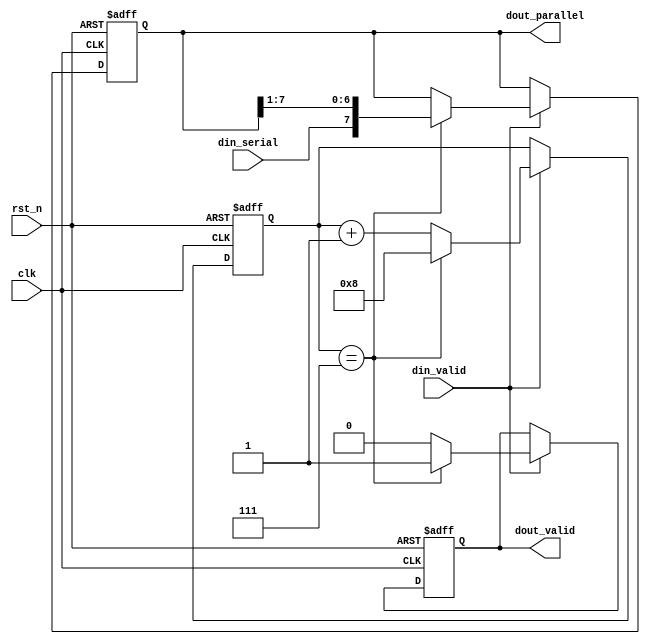
module serial2parallel (
  input wire clk,
  input wire rst_n,
  input wire din_serial,
  input wire din_valid,
  output reg [7:0] dout_parallel,
  output reg dout_valid
);

  reg [3:0] cnt;

  always @(posedge clk or negedge rst_n) begin
    if (~rst_n) begin
      cnt <= 4'b0000;
      dout_parallel <= 8'b0;
      dout_valid <= 1'b0;
    end
    else begin
      if (din_valid) begin
        if (cnt == 4'b0111) begin
          dout_parallel <= {din_serial, dout_parallel[7:1]};
          dout_valid <= 1'b1;
          cnt <= 4'b1000;
        end
        else begin
          dout_valid <= 1'b0;
          cnt <= cnt + 1;
        end
      end
    end
  end

endmodule